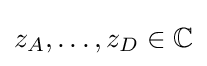
z_{A},\ldots ,z_{D}\in \mathbb {C}